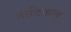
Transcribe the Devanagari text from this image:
नॊटिकल